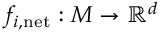
f _ { i , \mathrm { n e t } } : M \to \mathbb { R } ^ { d }